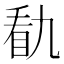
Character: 𭾭